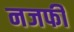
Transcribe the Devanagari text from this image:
नजफी